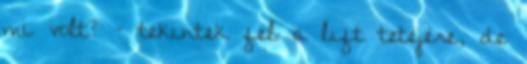
mi volt? – tekintek fel a lift tetejére, de